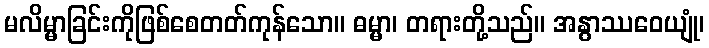
မလိမ္မာခြင်းကိုဖြစ်စေတတ်ကုန်သော။ ဓမ္မာ၊ တရားတို့သည်။ အနွာဿဝေယျုံ၊